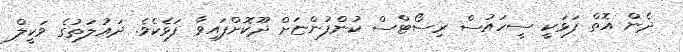
ދެން އޮތް ފަޅަކީ ސީހައުސް ރިސޯޓްސް ކުންފުންޏަށް ދޫކޮށްފައިވާ ފަޅެކެވެ. ދައުލަތުގެ ވަކީލް